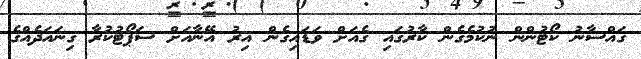
ގައްސާނު ކޯޓުންން ނުކުމެގެން ކާރުގައި ގެއަށް ވަޑައިގެން އިރު އޭނާއަށް ސަޕޯޓުކުރާ ގިނައަދެއްގެ